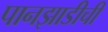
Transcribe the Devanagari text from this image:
पानझाडीची